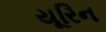
યૂરિન